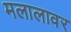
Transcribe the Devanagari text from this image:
मलालावर